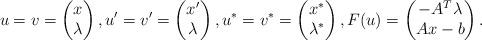
LaTeX: \begin{align*}u=v=\begin{pmatrix}x\\ \lambda\end{pmatrix},u'=v'=\begin{pmatrix}x'\\ \lambda\end{pmatrix},u^*=v^*=\begin{pmatrix}x^*\\ \lambda^*\end{pmatrix}, F(u)=\begin{pmatrix}-A^T\lambda\\Ax-b\end{pmatrix}.\end{align*}